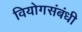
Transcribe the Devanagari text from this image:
वियोगसंबंधी